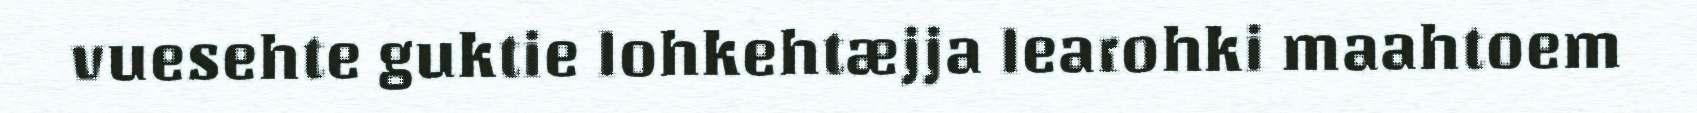
vuesehte guktie lohkehtæjja learohki maahtoem